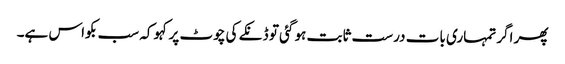
پھر اگر تمہاری بات درست ثابت ہو گئی تو ڈنکے کی چوٹ پر کہو کہ سب بکواس ہے۔